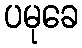
ပမုခေ